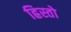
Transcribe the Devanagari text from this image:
ह्रिस्तो